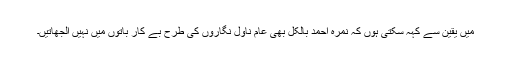
میں یقین سے کہہ سکتی ہوں کہ نمرہ احمد بالکل بھی عام ناول نگاروں کی طرح بے کار باتوں میں نہیں الجھاتیں۔